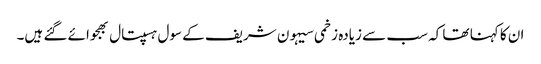
ان کا کہنا تھا کہ سب سے زیادہ زخمی سیہون شریف کے سول ہسپتال بھجوائے گئے ہیں۔